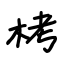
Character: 栲